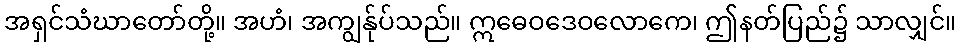
အရှင်သံဃာတော်တို့။ အဟံ၊ အကျွန်ုပ်သည်။ ဣဓေဝဒေဝလောကေ၊ ဤနတ်ပြည်၌ သာလျှင်။